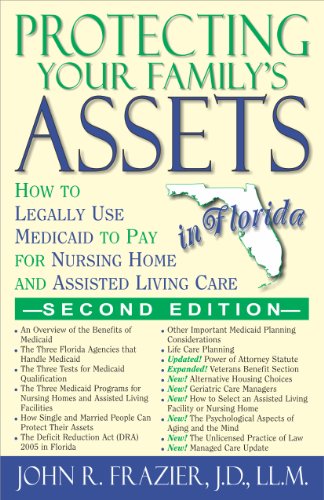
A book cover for Protecting Your Family's Assets in Florida: How to Legally Use Medicaid to Pay for Nursing Home and Assisted Living Care (Second Editioin); John R. Frazier; Medical Books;